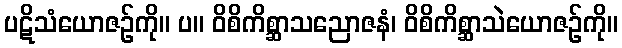
ပဋိသံယောဇဉ်ကို။ ပ။ ဝိစိကိစ္ဆာသညောဇနံ၊ ဝိစိကိစ္ဆာသဲယောဇဉ်ကို။